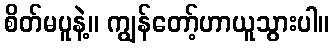
စိတ်မပူနဲ့။ ကျွန်တော့်ဟာယူသွားပါ။